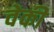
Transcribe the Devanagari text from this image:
वेकी